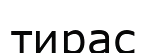
тирас